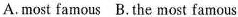
A.most famous B.The most famous